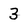
Character: 3